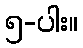
၅-ပါး။